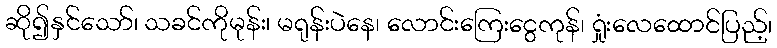
ဆို၍နှင်သော်၊ သခင်ကိုမုန်း၊ မရုန်းပဲနေ၊ လောင်းကြေးငွေကုန်၊ ရှုံးလေထောင်ပြည့်၊